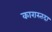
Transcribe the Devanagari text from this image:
कारास्तदा